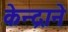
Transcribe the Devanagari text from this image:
केन्द्राने